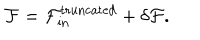
\mathcal { F } = \mathcal { F } _ { \mathrm { i n } } ^ { \mathrm { t r u n c a t e d } } + \delta \mathcal { F } .